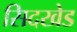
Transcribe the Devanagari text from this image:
सिदखेड